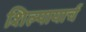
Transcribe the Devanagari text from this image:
शिल्पायार्च